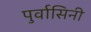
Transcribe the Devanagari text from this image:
पुर्वासिनी